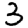
Digit: 3